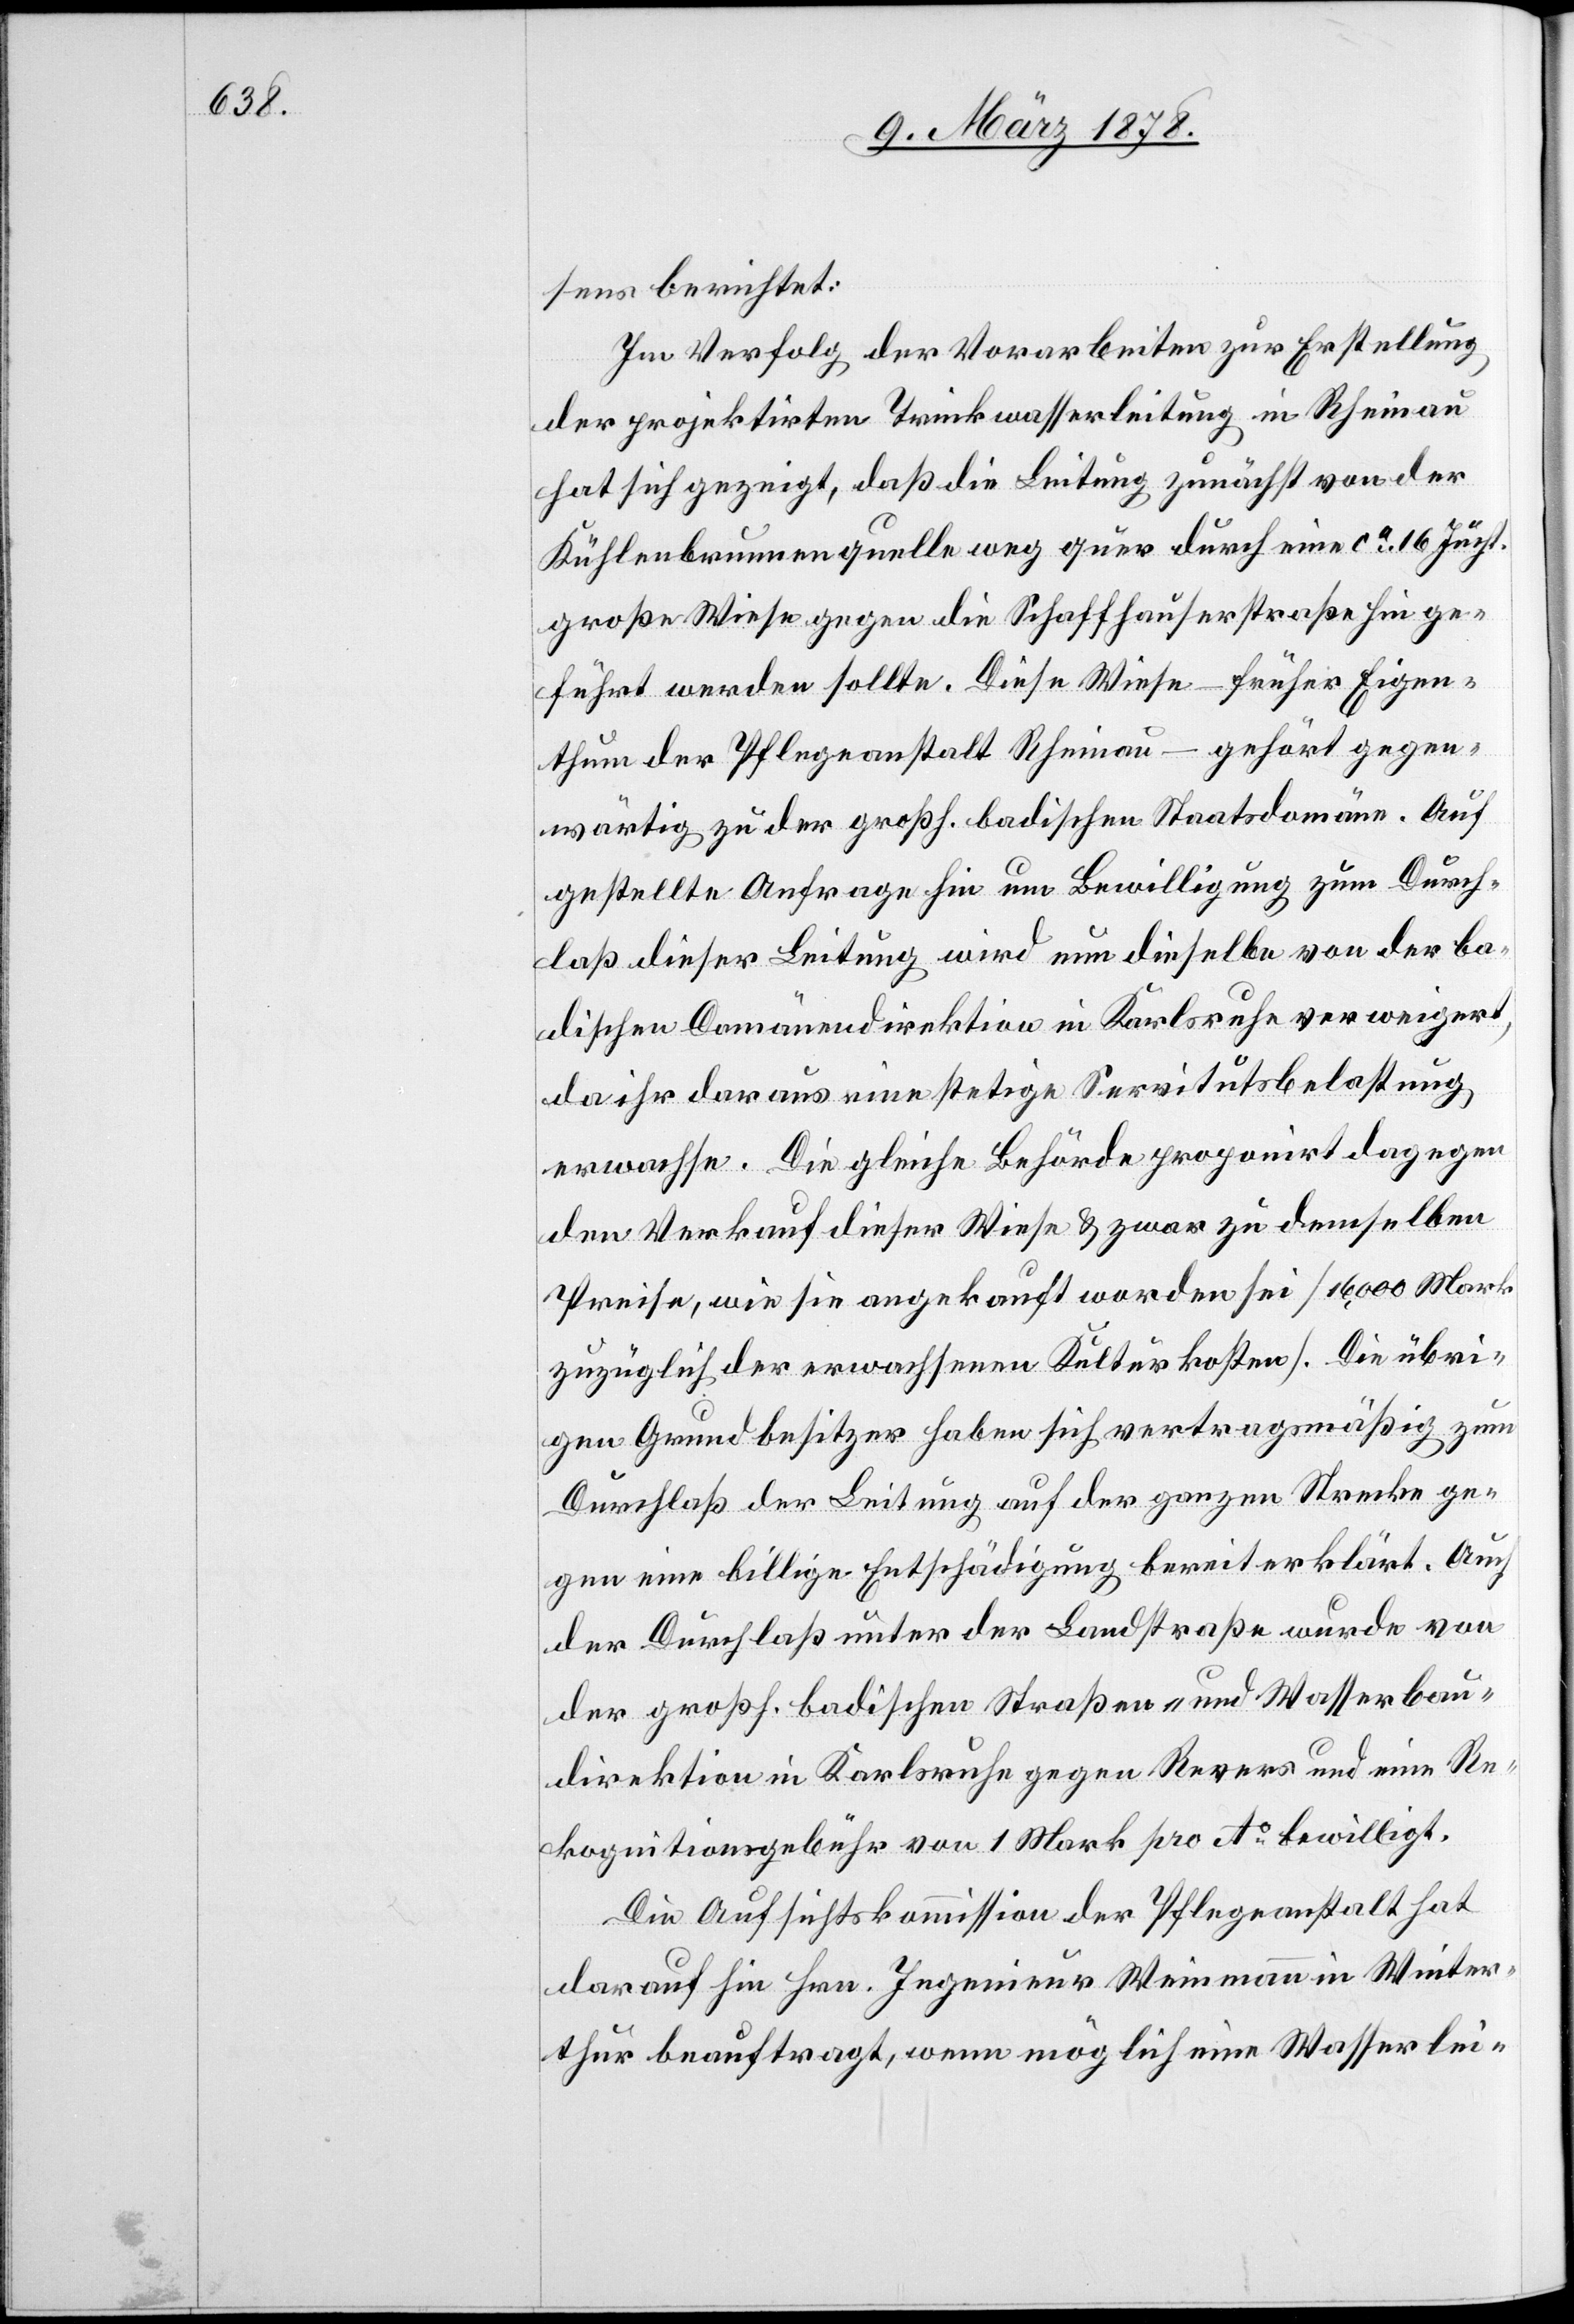
sens berichtet:
Im Verfolg der Vorarbeiten zur Erstellung
der projektirten Trinkwasserleitung in Rheinau
hat sich gezeigt, daß die Leitung zunächst von der
Kühlenbrunnenquelle weg quer durch eine ca 16 Jucht.
große Wiese gegen die Schaffhauserstraße hin ge¬
führt werden sollte. Diese Wiese – früher Eigen¬
thum der Pflegeanstalt Rheinau – gehört gegen¬
wärtig zu der großh. badischen Staatsdomäne. Auf
gestellte Anfrage hin um Bewilligung zum Durch¬
laß dieser Leitung wird nun dieselbe von der ba¬
dischen Domänendirektion in Karlsruhe verweigert,
da ihr daraus eine stetige Servitutbelastung
erwachse. Die gleiche Behörde proponirt dagegen
den Verkauf dieser Wiese & zwar zu demselben
Preise, wie sie angekauft worden sei (16,000 Mark
zuzüglich der erwachsenden Kulturkosten). Die übri¬
gen Grundbesitzer haben sich vertragsmäßig zum
Durchlaß der Leitung auf der ganzen Strecke ge¬
gen eine billige Entschädigung bereit erklärt. Auch
der Durchlaß unter der Landstraße wurde von
der großh. badischen Straßen- und Wasserbau¬
direktion in Karlsruhe gegen Revers und eine Re¬
kognitionsgebühr von 1 Mark pro Ao bewilligt.
Die Aufsichtskommission der Pflegeanstalt hat
darauf hin Hrn. Ingenieur Weinmann in Winter¬
thur beauftragt, wenn möglich eine Wasserlei-